Source: Handwritten
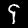
Digit: ၄ (4)